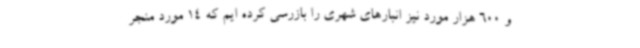
و 600 هزار مورد نیز انبارهای شهری را بازرسی کرده ایم که 14 مورد منجر